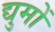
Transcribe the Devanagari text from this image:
द्युमों